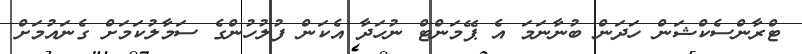
ޓްރާންސެކްޝަން ހަދަން ބުނާނަމަ އެ ޕޭމަންޓް ނުހަދާ އެކަން ފުލުހުންގެ ސަމާލުކަމަށް ގެނައުމަށް